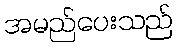
အမည်ပေးသည်